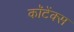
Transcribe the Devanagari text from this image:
कॉटेंक्स